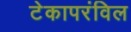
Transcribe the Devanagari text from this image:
टेकापरंविल